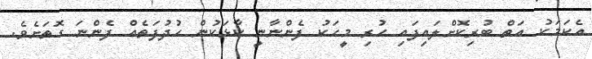
އެކަމަކު އަތް ބުރިކޮށްލައިފައި ހުރި މީހަކު ފެންނާނީ ކާޅަކުން ހުދުފަތެއް ފެންނަ ގޮތަށެވެ.